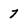
Character: 7